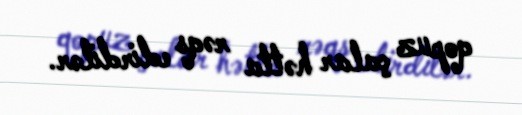
qopuz çalar hətta rəqs edirdilər.